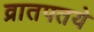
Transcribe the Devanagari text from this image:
व्रातपतये